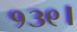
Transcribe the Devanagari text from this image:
१३९।